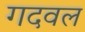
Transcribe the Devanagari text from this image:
गदवल